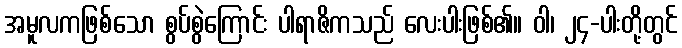
အမူလကဖြစ်သော စွပ်စွဲကြောင်း ပါရာဇိကသည် လေးပါးဖြစ်၏။ ဝါ၊ ၂၄-ပါးတို့တွင်